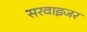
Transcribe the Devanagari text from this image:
सरवाइजर